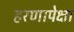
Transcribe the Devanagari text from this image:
हरणापेक्षा